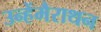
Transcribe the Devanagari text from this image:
उन्हेंमैराथन